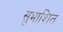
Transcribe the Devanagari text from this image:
सुभाशित